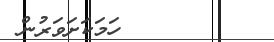
٧         ހަމަކަށަވަރުން